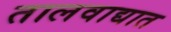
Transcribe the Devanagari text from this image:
तालवाद्यात